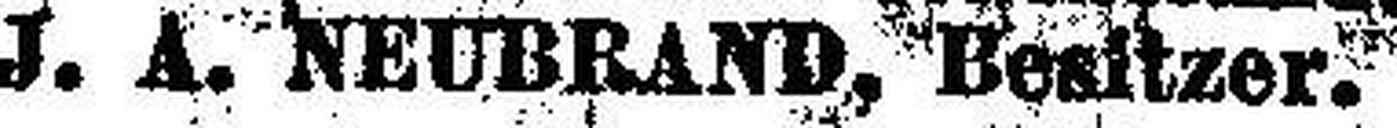
J. A. NEUBRAND, Besitzer.